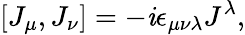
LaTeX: [J_{\mu},J_{\nu}]=-\mathit{i}\epsilon_{\mu\nu\lambda}J^{\lambda},